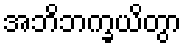
အဘိဘက္ခယိတွာ